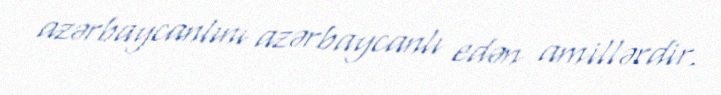
azərbaycanlını azərbaycanlı edən amillərdir.